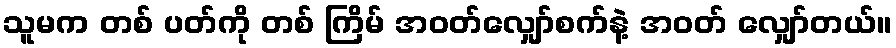
သူမက တစ် ပတ်ကို တစ် ကြိမ် အဝတ်လျှော်စက်နဲ့ အဝတ် လျှော်တယ်။